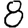
Digit: 8